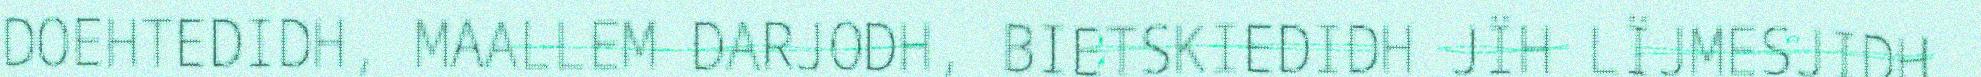
DOEHTEDIDH, MAALLEM DARJODH, BIETSKIEDIDH JÏH LÏJMESJIDH